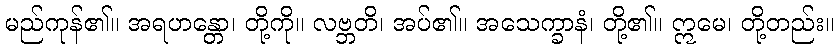
မည်ကုန်၏။ အရဟန္တော၊ တို့ကို။ လဗ္ဘတိ၊ အပ်၏။ အသေက္ခာနံ၊ တို့၏။ ဣမေ၊ တို့တည်း။